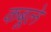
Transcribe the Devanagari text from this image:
कबूले